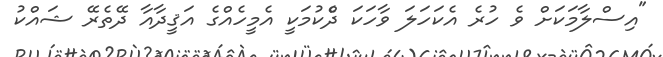
"އިސްލާމަކަށް ވެ ހުރެ އެކަހަލަ ވާހަކަ ދެްކުމަކީ އެމީހެއްގެ އަޤީދާއާ ދޭތެރޭ ޝައްކު